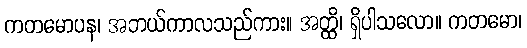
ကတမောပန၊ အဘယ်ကာလသည်ကား။ အတ္ထိ၊ ရှိပါသလော။ ကတမော၊